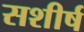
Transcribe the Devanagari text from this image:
सशीर्ष